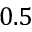
0 . 5